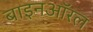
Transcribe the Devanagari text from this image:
बाइनऑरल